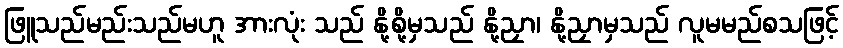
ဖြူသည်မည်းသည်မဟူ အားလုံး သည် နို့စို့မှသည် နို့ညှာ၊ နို့ညှာမှသည် လူမမည်စသဖြင့်